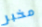
مخبر